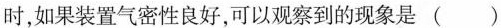
时，如果装置气密性良好，可以观察到的现象是 ( )